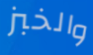
والخبز